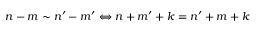
n - m \sim n ^ { \prime } - m ^ { \prime } \Leftrightarrow n + m ^ { \prime } + k = n ^ { \prime } + m + k